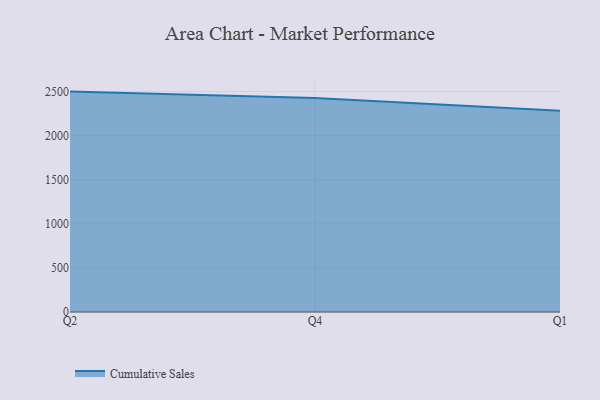
{"axis": {"x": "Quarter", "y": "LTV (USD)"}, "legend": ["Cumulative Sales"], "data": [{"x": "Q2", "y": 2499.6, "type": "Cumulative Sales"}, {"x": "Q4", "y": 2427.2, "type": "Cumulative Sales"}, {"x": "Q1", "y": 2282.6, "type": "Cumulative Sales"}]}